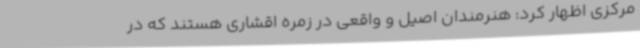
مرکزی اظهار کرد: هنرمندان اصیل و واقعی در زمره اقشاری هستند که در